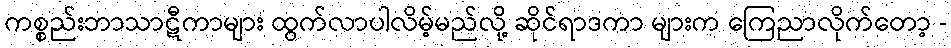
ကစ္စည်းဘာသာဋီကာများ ထွက်လာပါလိမ့်မည်လို့ ဆိုင်ရာဒကာ များက ကြေညာလိုက်တော့ -